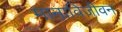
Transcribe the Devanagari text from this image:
मानाविजीवन